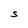
Character: S